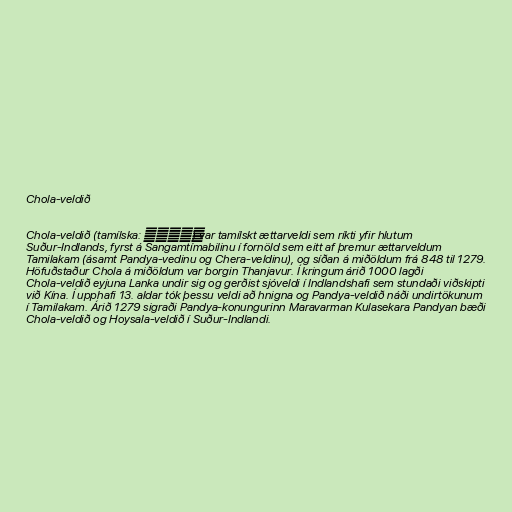
Chola-veldið

Chola-veldið (tamílska: சோழர்) var tamílskt ættarveldi sem ríkti yfir hlutum
Suður-Indlands, fyrst á Sangamtímabilinu í fornöld sem eitt af þremur ættarveldum
Tamilakam (ásamt Pandya-vedinu og Chera-veldinu), og síðan á miðöldum frá 848 til 1279.
Höfuðstaður Chola á miðöldum var borgin Thanjavur. Í kringum árið 1000 lagði
Chola-veldið eyjuna Lanka undir sig og gerðist sjóveldi í Indlandshafi sem stundaði viðskipti
við Kína. Í upphafi 13. aldar tók þessu veldi að hnigna og Pandya-veldið náði undirtökunum
í Tamilakam. Árið 1279 sigraði Pandya-konungurinn Maravarman Kulasekara Pandyan bæði
Chola-veldið og Hoysala-veldið í Suður-Indlandi.